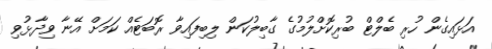
އަޅައިގެން ހުރި ބެލްޓް ބުރިކޮށްލުމުގެ ގާބިލުކަން ލިބިފައިވާ ރޮބަޓެއް ކަމަށް އޭނާ ވިދާޅުވި